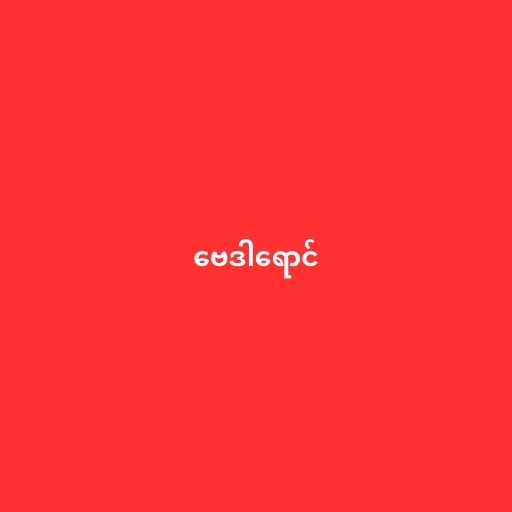
ဗေဒါရောင်